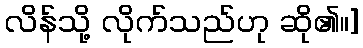
လိန်သို့ လိုက်သည်ဟု ဆို၏။]